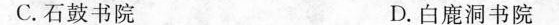
C.石鼓书院 D.白鹿洞书院